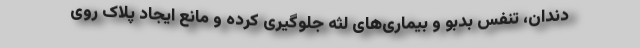
دندان، تنفس بدبو و بیماری‌های لثه جلوگیری کرده و مانع ایجاد پلاک روی